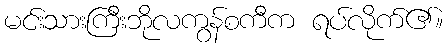
မင်းသားကြီးဘိုလကွန်စကီက ရပ်လိုက်၏။